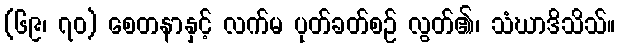
(၆၉၊ ၇၀) စေတနာနှင့် လက်မ ပုတ်ခတ်စဉ် လွတ်၏၊ သံဃာဒိသိသ်။